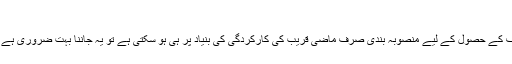
[سالنامہ 2015ء] سال کے بہترین ٹیسٹ بلے باز
نیا سال، نئے عزائم، نیا جوش اور نیا ولولہ، لیکن نئے اہداف کے حصول کے لیے منصوبہ بندی صرف ماضی قریب کی کارکردگی کی بنیاد پر ہی ہو سکتی ہے تو یہ جاننا بہت ضروری ہے کہ 2015ء میں کون سے کھلاڑی سب سے نمایاں رہے۔